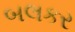
બલકર